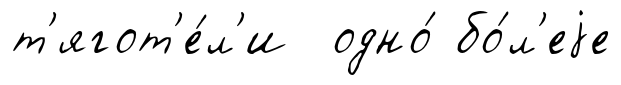
т'ягот'е́л'и одно́ бо́л'еjе